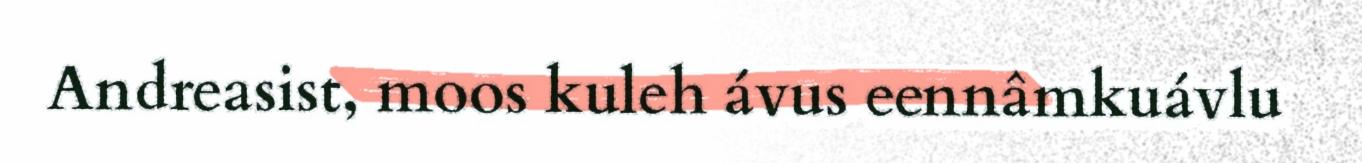
Andreasist, moos kuleh ávus eennâmkuávlu